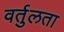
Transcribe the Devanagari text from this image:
वर्तुलता